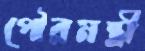
পৌরমন্ত্রী